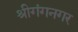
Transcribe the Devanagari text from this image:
श्रीगंगनगर